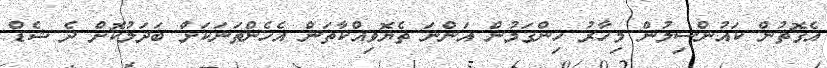
އެގޮތުން ކައުންސިލުން މިހާރު ހިންގަމުން އަންނަ ތެޔޮވިއްކާތަން އެހެންތަަނަކަށް ބަދަލުކޮށް ދެ ޝެޑް